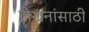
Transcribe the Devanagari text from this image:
लेखनांसाठी